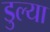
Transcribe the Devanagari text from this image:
डुल्या